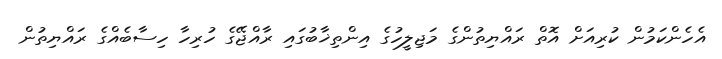
އެހެންކަމުން ކުރިއަށް އޮތް ރައްޔިތުންގެ މަޖިލީހުގެ އިންތިޚާބުގައި ރާއްޖޭގެ ހުރިހާ ހިސާބެއްގެ ރައްޔިތުން